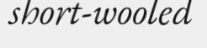
short-wooled